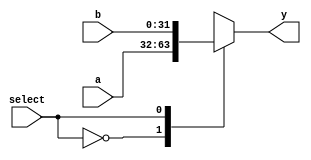
module mux2(select,a,b,y);
input select;
input[31:0] a,b;
output reg [31:0] y;
always@(select,a,b) begin

case(select)
	1'b0:y=a;
	1'b1:y=b;
endcase
end
endmodule

module mux2A(select,a,b,y);
input select;
input[4:0] a,b;
output reg [4:0] y;
always@(select,a,b) begin
 
case(select)
	1'b0:y=a;
	1'b1:y=b;
	endcase
end
endmodule